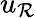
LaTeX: u_{\mathcal{R}}